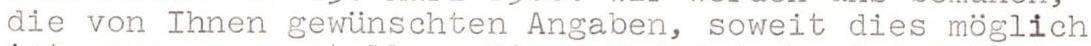
die von Ihnen gewünschten Angaben, soweit dies möglich